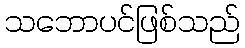
သဘောပင်ဖြစ်သည်